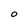
Character: O